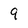
Character: 9